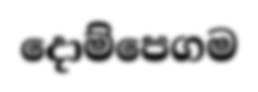
දොම්පෙගම